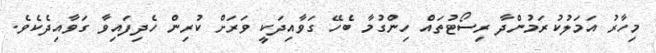
މިހާރު އަމަލުކުރަމުންދާ ރިސޯޓުތައް ހިންގުމާ ބެހޭ ގަވާއިދަކީ ވަރަށް ކުރިން ހެދިފައިވާ ގަވާއިދެކެވެ.